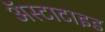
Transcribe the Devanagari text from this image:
अॅस्टाटाइड